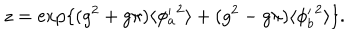
LaTeX: z = \exp \{ ( g ^ { 2 } + g \pi ) \langle { \phi _ { a } ^ { \prime } } ^ { 2 } \rangle + ( g ^ { 2 } - g \pi ) \langle { \phi _ { b } ^ { \prime } } ^ { 2 } \rangle \} .